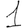
Digit: 1